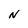
Character: N